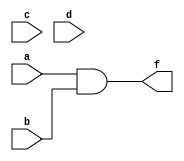
module example (
    a, b, c, d,
    f );
  input  a, b, c, d;
  output f;
  assign f = (a & b);
endmodule